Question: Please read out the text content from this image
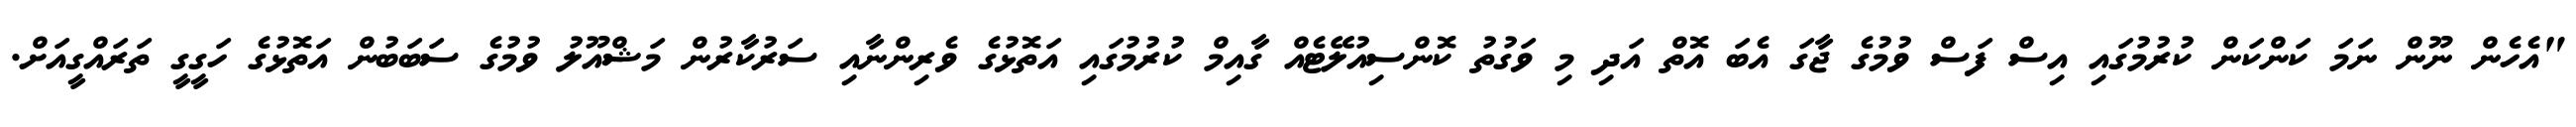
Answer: "އެހެން ނޫން ނަމަ ކަންކަން ކުރުމުގައި އިސް ފަސް ވުމުގެ ޖާގަ އެބަ އޮތް އަދި މި ވަގުތު ކޮންސިއުލޭޓެއް ގާއިމް ކުރުމުގައި އަތޮޅުގެ ވެރިންނާއި ސަރުކާރުން މަޝްއޫލު ވުމުގެ ސަބަބުން އަތޮޅުގެ ހަގީގީ ތަރައްގީއަށް.